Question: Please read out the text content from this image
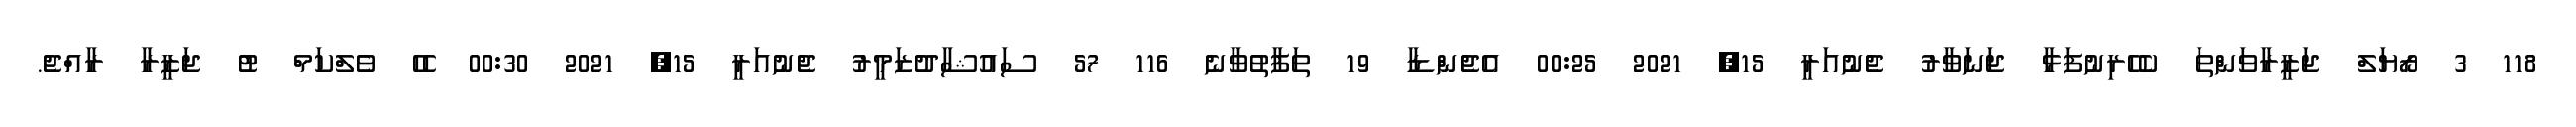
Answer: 118 3 ރޯޔަލް ޖަޒީރާވަންތަ ކެހެރިނުފަޅާ ޖަނަވާރު ޖެނުއަރީ 15, 2021 00:25 އެޖެންޑާ 19 ތަފާތުވާނެ 116 57 ސައުޝާދުޒަމީރު ޖެނުއަރީ 15, 2021 00:30 ހެހެ ވެލްކަމް ޓު ޖަޒީރާ ރާއްޖެ.